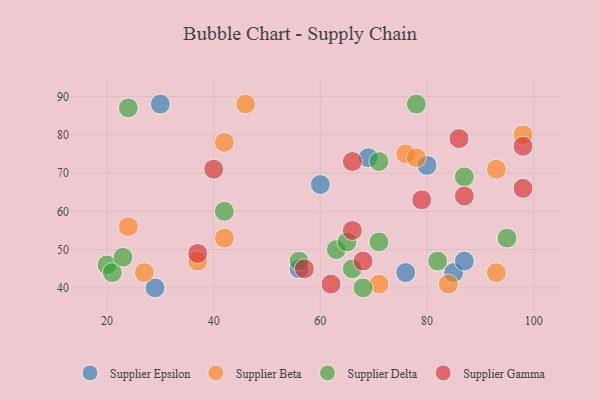
{"axis": {"x": "GDP", "y": "Life Expectancy"}, "legend": ["Supplier Beta", "Supplier Delta", "Supplier Epsilon", "Supplier Gamma"], "data": [{"x": "85", "y": 44, "type": "Supplier Epsilon"}, {"x": "69", "y": 74, "type": "Supplier Epsilon"}, {"x": "60", "y": 67, "type": "Supplier Epsilon"}, {"x": "80", "y": 72, "type": "Supplier Epsilon"}, {"x": "56", "y": 45, "type": "Supplier Epsilon"}, {"x": "87", "y": 47, "type": "Supplier Epsilon"}, {"x": "29", "y": 40, "type": "Supplier Epsilon"}, {"x": "30", "y": 88, "type": "Supplier Epsilon"}, {"x": "76", "y": 44, "type": "Supplier Epsilon"}, {"x": "76", "y": 75, "type": "Supplier Beta"}, {"x": "93", "y": 44, "type": "Supplier Beta"}, {"x": "46", "y": 88, "type": "Supplier Beta"}, {"x": "93", "y": 71, "type": "Supplier Beta"}, {"x": "27", "y": 44, "type": "Supplier Beta"}, {"x": "37", "y": 47, "type": "Supplier Beta"}, {"x": "42", "y": 53, "type": "Supplier Beta"}, {"x": "42", "y": 78, "type": "Supplier Beta"}, {"x": "98", "y": 80, "type": "Supplier Beta"}, {"x": "24", "y": 56, "type": "Supplier Beta"}, {"x": "84", "y": 41, "type": "Supplier Beta"}, {"x": "78", "y": 74, "type": "Supplier Beta"}, {"x": "71", "y": 41, "type": "Supplier Beta"}, {"x": "78", "y": 88, "type": "Supplier Delta"}, {"x": "82", "y": 47, "type": "Supplier Delta"}, {"x": "66", "y": 45, "type": "Supplier Delta"}, {"x": "56", "y": 47, "type": "Supplier Delta"}, {"x": "68", "y": 40, "type": "Supplier Delta"}, {"x": "71", "y": 73, "type": "Supplier Delta"}, {"x": "63", "y": 50, "type": "Supplier Delta"}, {"x": "20", "y": 46, "type": "Supplier Delta"}, {"x": "21", "y": 44, "type": "Supplier Delta"}, {"x": "42", "y": 60, "type": "Supplier Delta"}, {"x": "24", "y": 87, "type": "Supplier Delta"}, {"x": "95", "y": 53, "type": "Supplier Delta"}, {"x": "23", "y": 48, "type": "Supplier Delta"}, {"x": "87", "y": 69, "type": "Supplier Delta"}, {"x": "71", "y": 52, "type": "Supplier Delta"}, {"x": "65", "y": 52, "type": "Supplier Delta"}, {"x": "98", "y": 77, "type": "Supplier Gamma"}, {"x": "66", "y": 73, "type": "Supplier Gamma"}, {"x": "86", "y": 79, "type": "Supplier Gamma"}, {"x": "87", "y": 64, "type": "Supplier Gamma"}, {"x": "98", "y": 66, "type": "Supplier Gamma"}, {"x": "79", "y": 63, "type": "Supplier Gamma"}, {"x": "37", "y": 49, "type": "Supplier Gamma"}, {"x": "62", "y": 41, "type": "Supplier Gamma"}, {"x": "66", "y": 55, "type": "Supplier Gamma"}, {"x": "57", "y": 45, "type": "Supplier Gamma"}, {"x": "40", "y": 71, "type": "Supplier Gamma"}, {"x": "68", "y": 47, "type": "Supplier Gamma"}]}